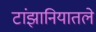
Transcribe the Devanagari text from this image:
टांझानियातले